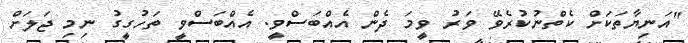
"އަނިޔާތަކަށް ކެތްނުކުރެވޭ ވަރު ވީމަ ދެން އެއްބަސްވީ. އެއްބަސްވީ ތަހުގީގު ނިމި ޖަލަށް